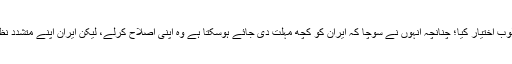
البتہ میرا خیال ہے کہ صدر بارک اوبامہ نے دوسرا اسلوب اختیار کیا؛ چنانچہ انہوں نے سوچا کہ ایران کو کچھ مہلت دى جائے ہوسکتا ہے وه اپنى اصلاح کرلے، لیکن ایران اپنے متشدد نظریئے پر قائم ہونے کى وجہ سے کچھ بهى نہ بدل سکا۔